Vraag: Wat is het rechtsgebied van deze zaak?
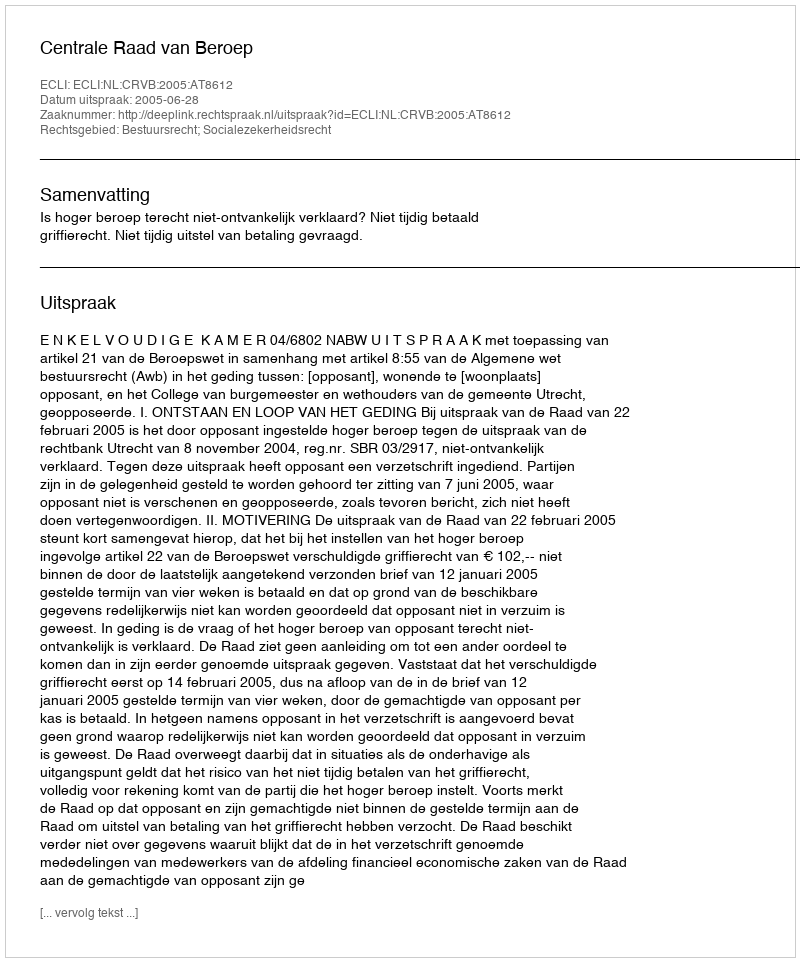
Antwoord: Bestuursrecht; Socialezekerheidsrecht